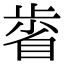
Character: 𣦉